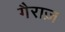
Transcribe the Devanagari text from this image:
गैराज़